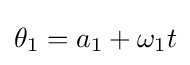
\theta _{1}=a_{1}+\omega _{1}t